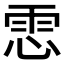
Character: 𩂈